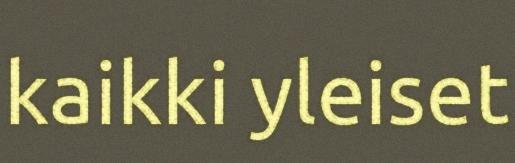
kaikki yleiset